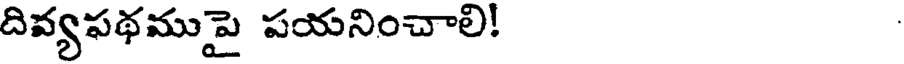
దివ్యపథముపై పయనించాలి!